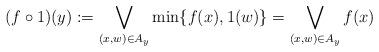
LaTeX: \begin{align*}(f \circ 1)(y): = \bigvee\limits_{(x,w) \in {A_y}} {\min \{ f(x),1(w)\}=\bigvee\limits_{(x,w) \in {A_y}}f(x)}\end{align*}